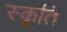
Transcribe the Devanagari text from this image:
स्कृति